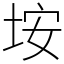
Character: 垵